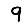
Digit: 9